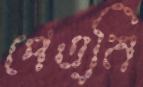
পেত্নি